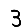
Digit: 3